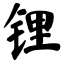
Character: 锂